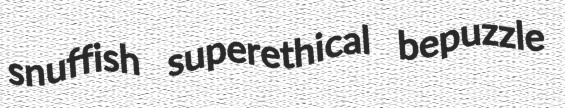
snuffish superethical bepuzzle